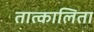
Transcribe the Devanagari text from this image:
तात्कालिता